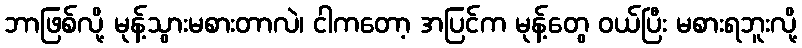
ဘာဖြစ်လို့ မုန့်သွားမစားတာလဲ၊ ငါကတော့ အပြင်က မုန့်တွေ ဝယ်ပြီး မစားရဘူးလို့